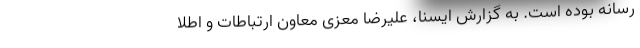
رسانه بوده است. به گزارش ایسنا، علیرضا معزی معاون ارتباطات و اطلا